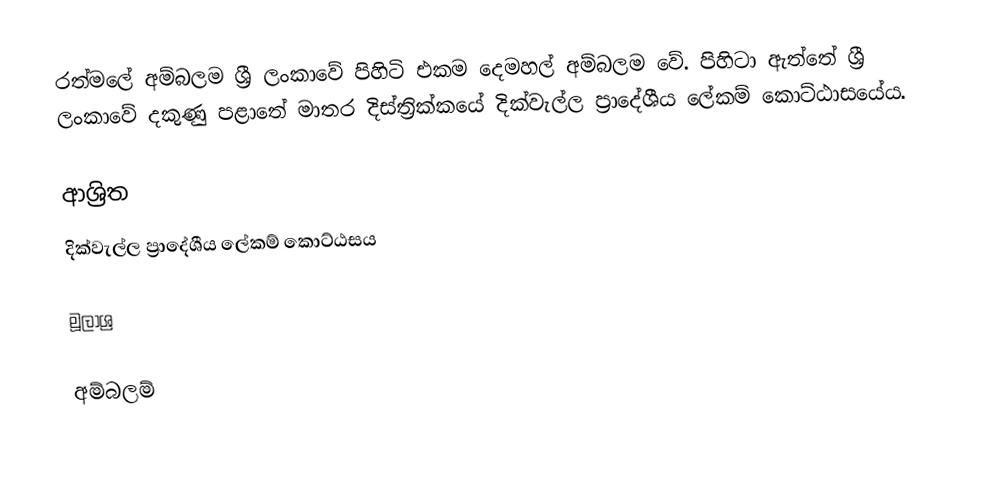
රත්මලේ අම්බලම ශ්‍රී ලංකාවේ පිහිටි එකම දෙමහල් අම්බලම වේ. පිහිටා ඇත්තේ ශ්‍රී ලංකාවේ දකුණු පළාතේ මාතර දිස්ත්‍රික්කයේ දික්වැල්ල ප්‍රාදේශීය ලේකම් කොට්ඨාසයේය.

ආශ්‍රිත
 දික්වැල්ල ප්‍රාදේශීය ලේකම් කොට්ඨසය

මූලාශ්‍ර

අම්බලම්